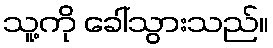
သူ့ကို ခေါ်သွားသည်။